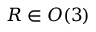
R \in O ( 3 )